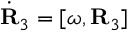
\dot { \bf R } _ { 3 } = [ { \boldsymbol \omega } , { \bf R } _ { 3 } ]